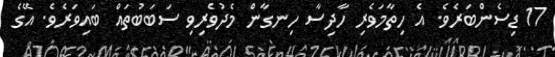
17 ޑިސެންބަރެވެ. އެ ހިތާމަވެރި ހާދިސާ ހިނގާން މެދުވެރިވި ސަބަބުތައް ބައިވަރެވެ. އޭގެ